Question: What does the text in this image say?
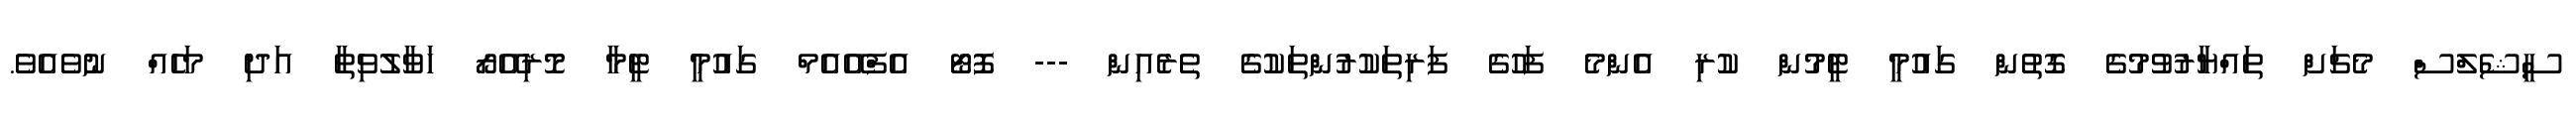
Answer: ސީޝެލްސް މެޗަށް ތައްޔާރުވުމުގެ ގޮތުން ގައުމީ ޓީމުން ކުރި އެންމެ ފަހުގެ ފަރިތަކުރުންތަކުގެ ތެރެއިން --- ފޮޓޯ އެފްއޭއެމް ގައުމީ ޓީމާ މޮރިއޭރޯ ހަވާލުވިތާ އަދި މަހެއް ނުވެއެވެ.